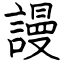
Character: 謾